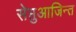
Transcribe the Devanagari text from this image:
सेप्तुआजिन्त